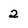
Character: 2